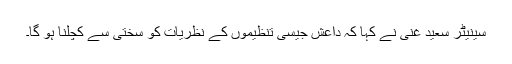
سینیٹر سعید غنی نے کہا کہ داعش جیسی تنظیموں کے نظریات کو سختی سے کچلنا ہو گا۔